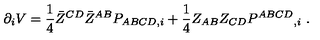
\partial _ { i } V = { \frac { 1 } { 4 } } \bar { Z } ^ { C D } \bar { Z } ^ { A B } P _ { A B C D , i } + { \frac { 1 } { 4 } } Z _ { A B } Z _ { C D } P ^ { A B C D } { } _ { , i } \ .